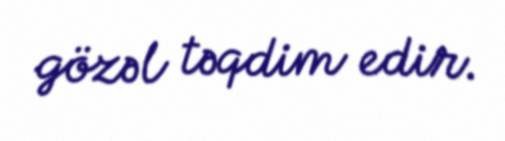
gözəl təqdim edir.